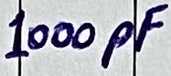
Text: 1000pF